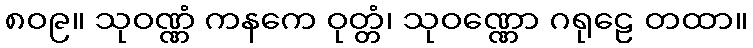
၈၀၉။ သုဝဏ္ဏံ ကနကေ ဝုတ္တံ၊ သုဝဏ္ဏော ဂရုဠေ တထာ။